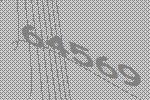
64569